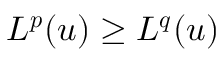
L ^ { \boldsymbol { p } } ( u ) \ge L ^ { \boldsymbol { q } } ( u )